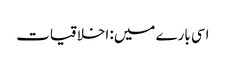
اسی بارے میں: اخلاقیات